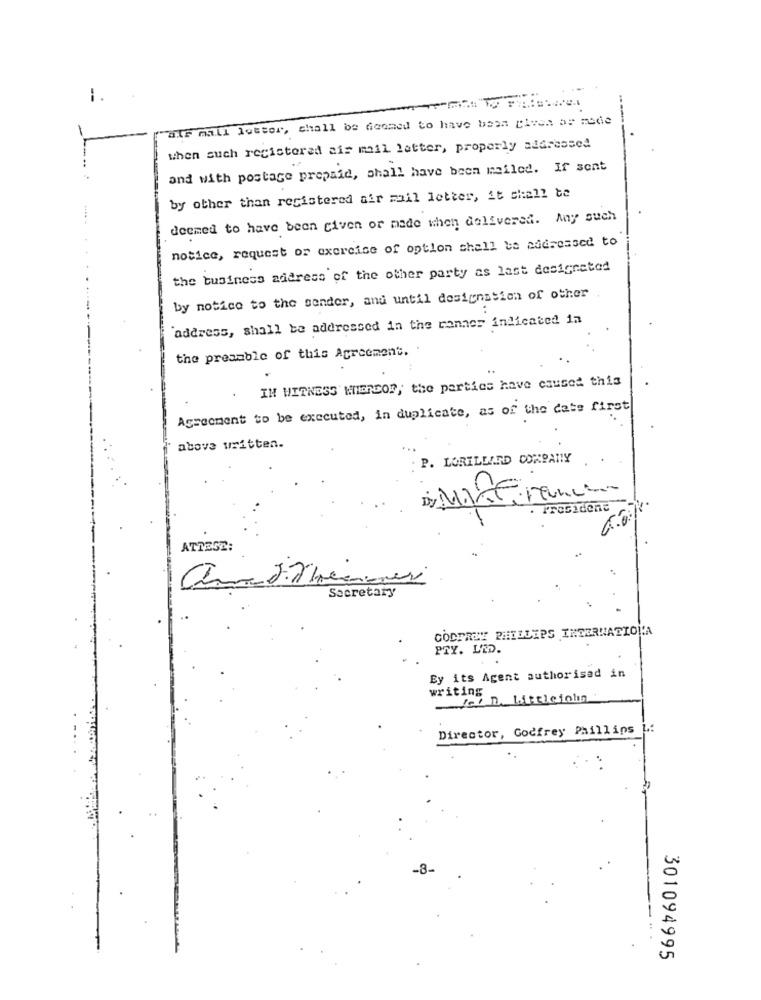
-
"als mall letter, shall be doomed to have been given be made
when such registered air mail letter, properly addressed
and with postage prepaid, shall have been mailed. If sont
by other than registered air mail letter, it shall be
deemed to have been given or made when delivered. Any such
notice, request or exercise of option shall be addressed to
the business address of the other party as last designated
by notice to the sender, and until designation of other
"address, shall be addressed in the canner indicated in
the preamble of this Agreement.
IN WITNESS MIERCOF, the parties have caused this
Agreement to be executed, in duplicate, as of the date first
above written.
P. LORILLARD COMPANY
President
ATTESE:
Secretary
CODPREY PHILLIPS INTERNATIOLA
PTY. LTD.
By its Agent authorisad in
writing
Zei D. Littlejohn
Director, Godfrey Phillips L .:
-8-
301094995